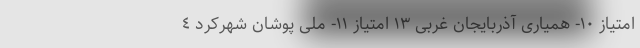
امتیاز ١٠- همیاری آذربایجان غربی ١٣ امتیاز ١١- ملی پوشان شهرکرد ٤